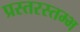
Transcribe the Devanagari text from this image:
प्रस्तरस्तम्भ